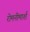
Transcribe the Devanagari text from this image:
रोमनीमार्श